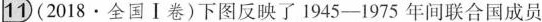
①(2018·全国Ⅰ卷)下图反映了1945-1975年间联合国成员